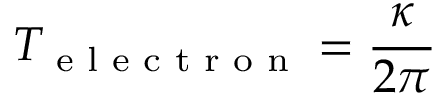
T _ { \textrm { e l e c t r o n } } = \frac { \kappa } { 2 \pi }